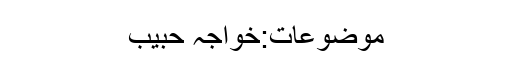
موضوعات:خواجہ حبیب